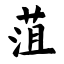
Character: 菹